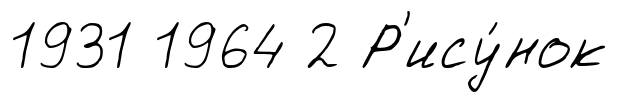
1931 1964 2 Р'ису́нок